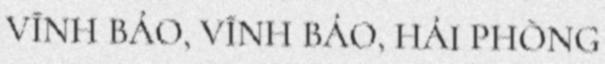
VĨNH BẢO, VĨNH BẢO, HẢI PHÒNG